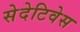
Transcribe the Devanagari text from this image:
सेदेटिवेस